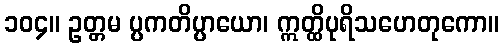
၁၀၄။ ဥတ္တမ ပ္ပကတိပ္ပာယော၊ ဣတ္ထိပုရိသဟေတုကော။